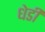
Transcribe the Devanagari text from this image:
धेडी